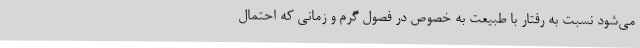
می‌شود نسبت به رفتار با طبیعت به خصوص در فصول گرم و زمانی که احتمال